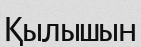
Қылышын